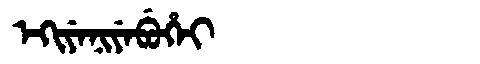
Manchu: ᡝᡴᡳᠶᡝᠨᡳᠶᡝᠪᡠᡥᡝᡳ
Romanization: EKIYENIYEBUHEI